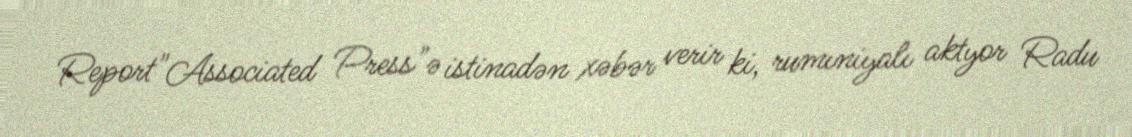
Report"Associated Press"ə istinadən xəbər verir ki, rumıniyalı aktyor Radu